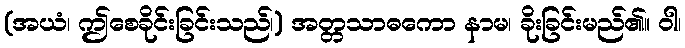
(အယံ၊ ဤစေခိုင်းခြင်းသည်၊) အတ္တသာဓကော နာမ၊ ခိုးခြင်းမည်၏။ ဝါ၊